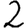
Digit: 2